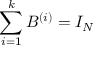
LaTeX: \sum _ { i = 1 } ^ { k } B ^ { ( i ) } = I _ { N }